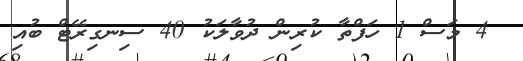
4 މަސް 1 ހަފްތާ ކުރިން ދުވާލަކު 40 ސިނގިރޭޓް ބުއި